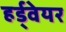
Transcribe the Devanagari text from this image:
हर्ड्वेयर